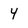
Character: 4